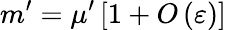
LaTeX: m^{\prime}=\mu^{\prime}\left[1+O\left(\varepsilon\right)\right]